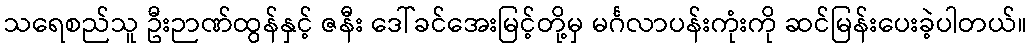
သရေစည်သူ ဦးဉာဏ်ထွန်နှင့် ဇနီး ဒေါ်ခင်အေးမြင့်တို့မှ မင်္ဂလာပန်းကုံးကို ဆင်မြန်းပေးခဲ့ပါတယ်။